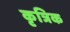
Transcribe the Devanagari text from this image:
कृत्रिक